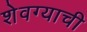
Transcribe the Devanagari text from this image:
शेवग्याची